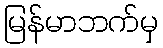
မြန်မာဘက်မှ